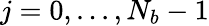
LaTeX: j=0,...,N_{b}-1